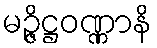
မဉ္ဇိဋ္ဌဝဏ္ဏာနိ